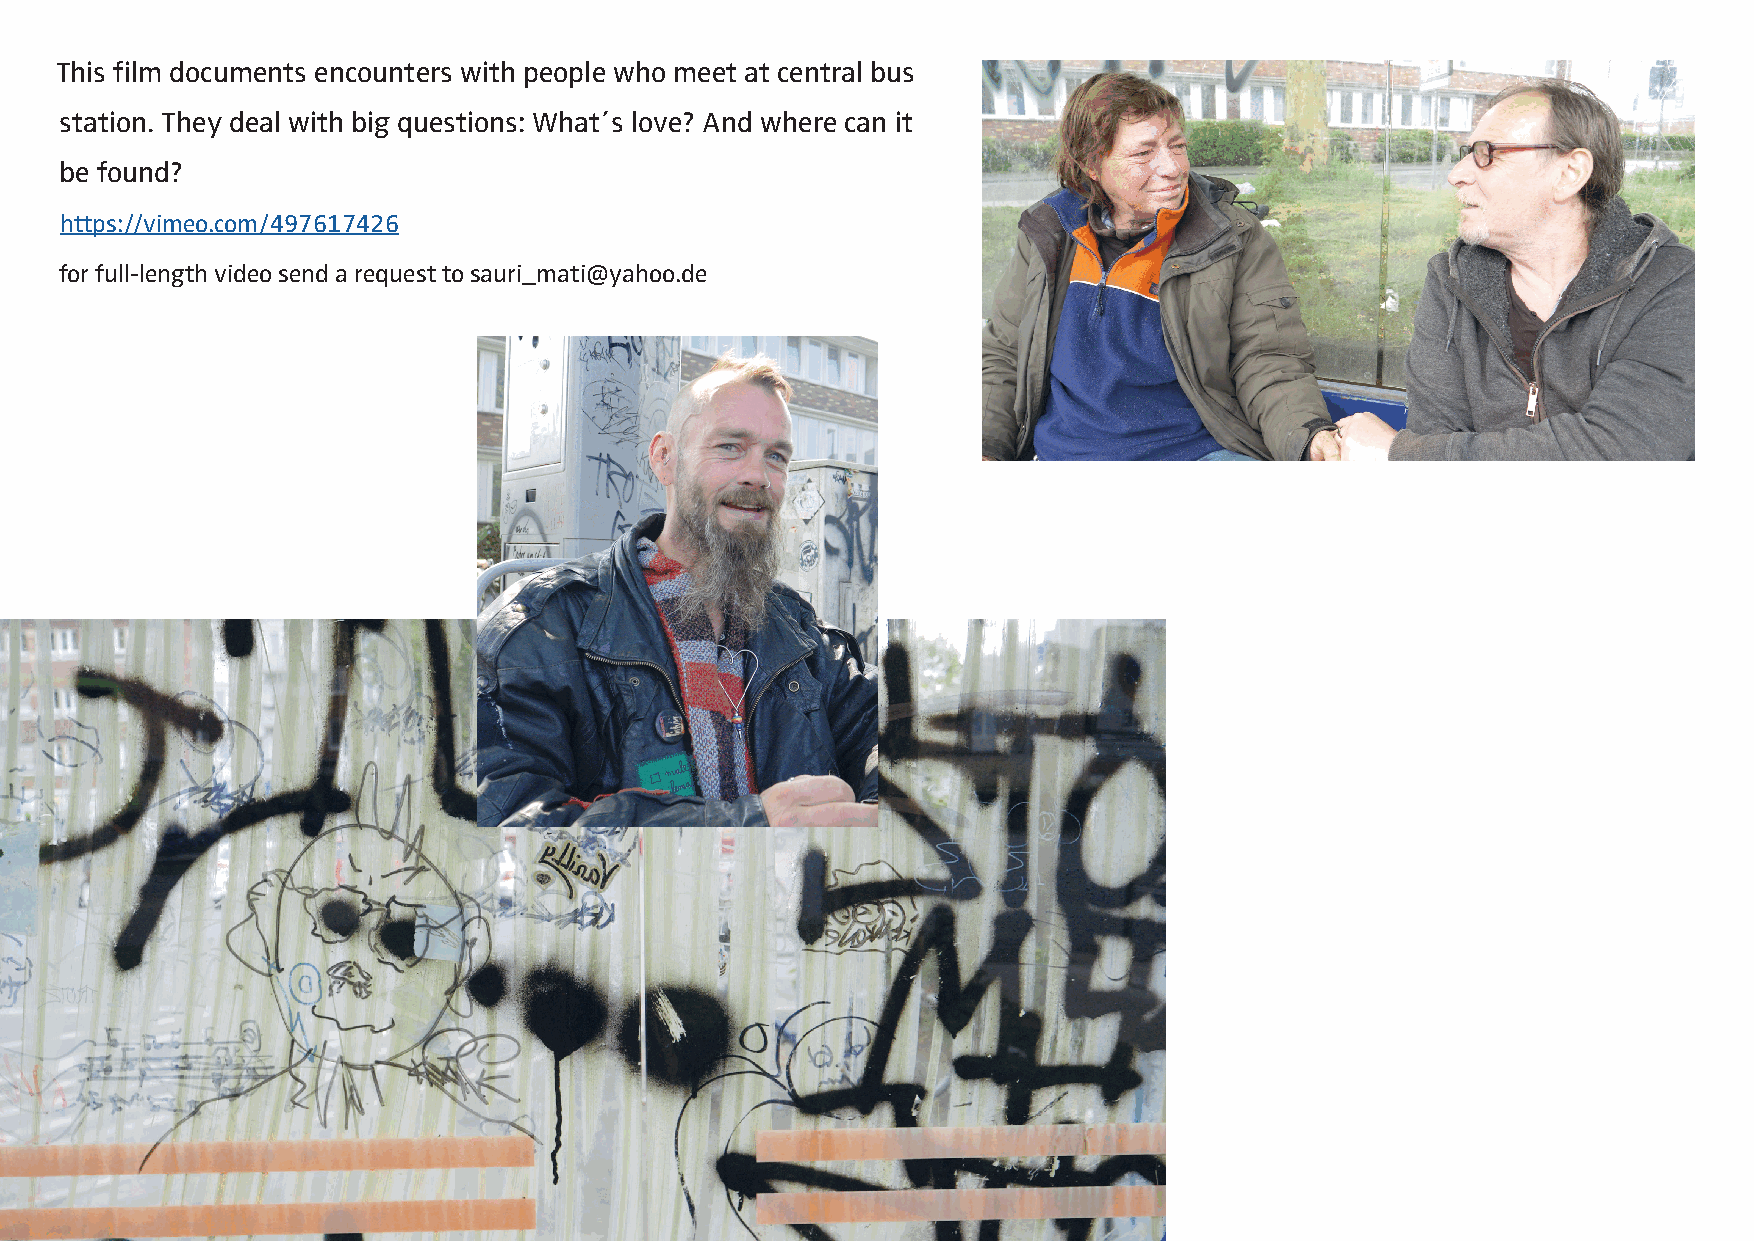
This film documents encounters with people who meet at central bus
 station. They deal with big questions: What´s love? And where can it
 be found?
 https://vimeo.com/497617426
 for full-length video send a request to sauri_mati@yahoo.de